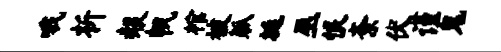
哦析赧帆棺被觚埏巫恨紊伏谨鬼